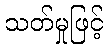
သတ်မှုဖြင့်